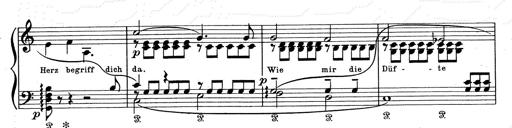
Title: Aus Lohengrin
Composer: Franz Liszt